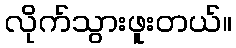
လိုက်သွားဖူးတယ်။